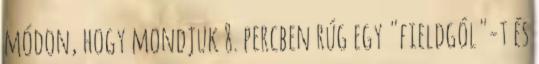
módon, hogy mondjuk 8. percben rúg egy "fieldgól"-t és